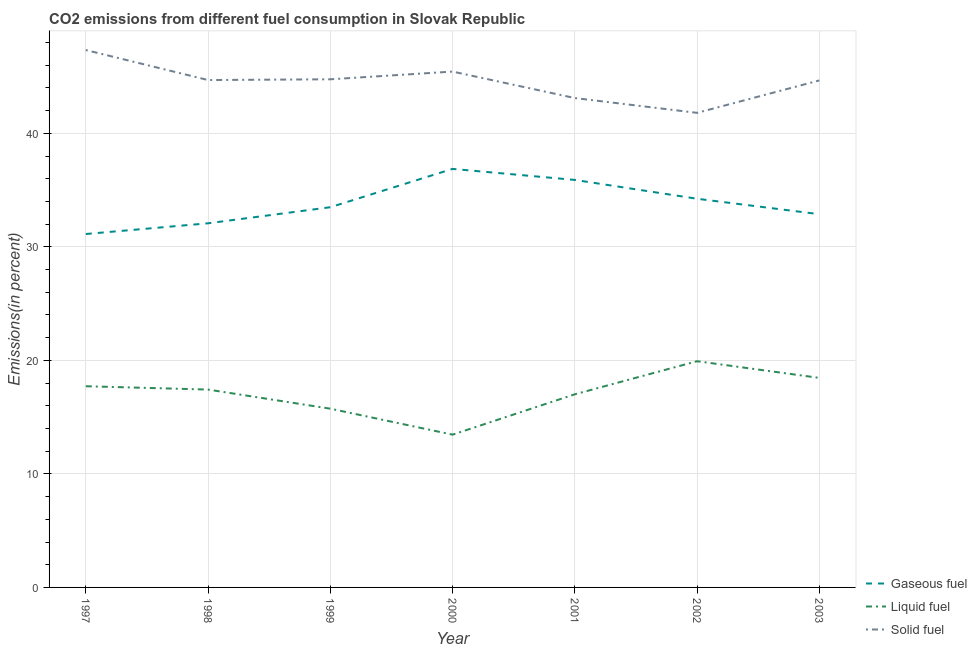
| Year | Gaseous fuel | Liquid fuel | Solid fuel |
 | --- | --- | --- | --- |
 | 1997 | 31.1 | 17.7 | 47.3 |
 | 1998 | 32.1 | 17.4 | 44.7 |
 | 1999 | 33.5 | 15.7 | 44.8 |
 | 2000 | 36.9 | 13.5 | 45.4 |
 | 2001 | 35.9 | 17 | 43.1 |
 | 2002 | 34.2 | 19.9 | 41.8 |
 | 2003 | 32.9 | 18.5 | 44.7 |